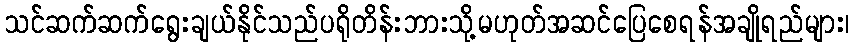
သင်ဆက်ဆက်ရွေးချယ်နိုင်သည်ပရိုတိန်းဘားသို့မဟုတ်အဆင်ပြေစေရန်အချိုရည်များ၊